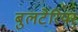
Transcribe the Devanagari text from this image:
बुलटेरियर